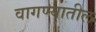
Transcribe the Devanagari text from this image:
वागण्यातील